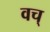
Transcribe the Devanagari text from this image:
वच्